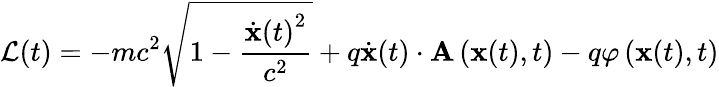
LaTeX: {\mathcal{L}}(t)=-mc^{2}{\sqrt{1-{\frac{{{\dot{\mathbf{x}}}(t)}^{2}}{c^{2}}}}}+q{\dot{\mathbf{x}}}(t)\cdot\mathbf{A}\left(\mathbf{x}(t),t\right)-q\varphi\left(\mathbf{x}(t),t\right)